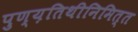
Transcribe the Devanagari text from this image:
पुण्य़तिथीनिमित्त